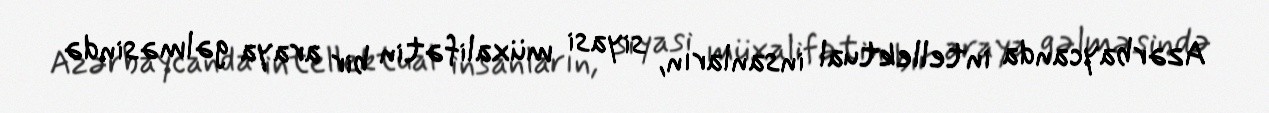
Azərbaycanda intellektual insanların, siyasi müxalifətin bir araya gəlməsində